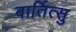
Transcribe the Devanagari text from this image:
बार्तित्सु